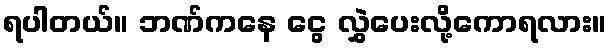
ရပါတယ်။ ဘဏ်ကနေ ငွေ လွှဲပေးလို့ကောရလား။